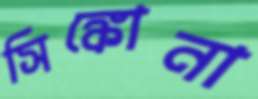
সিঙ্কোনা